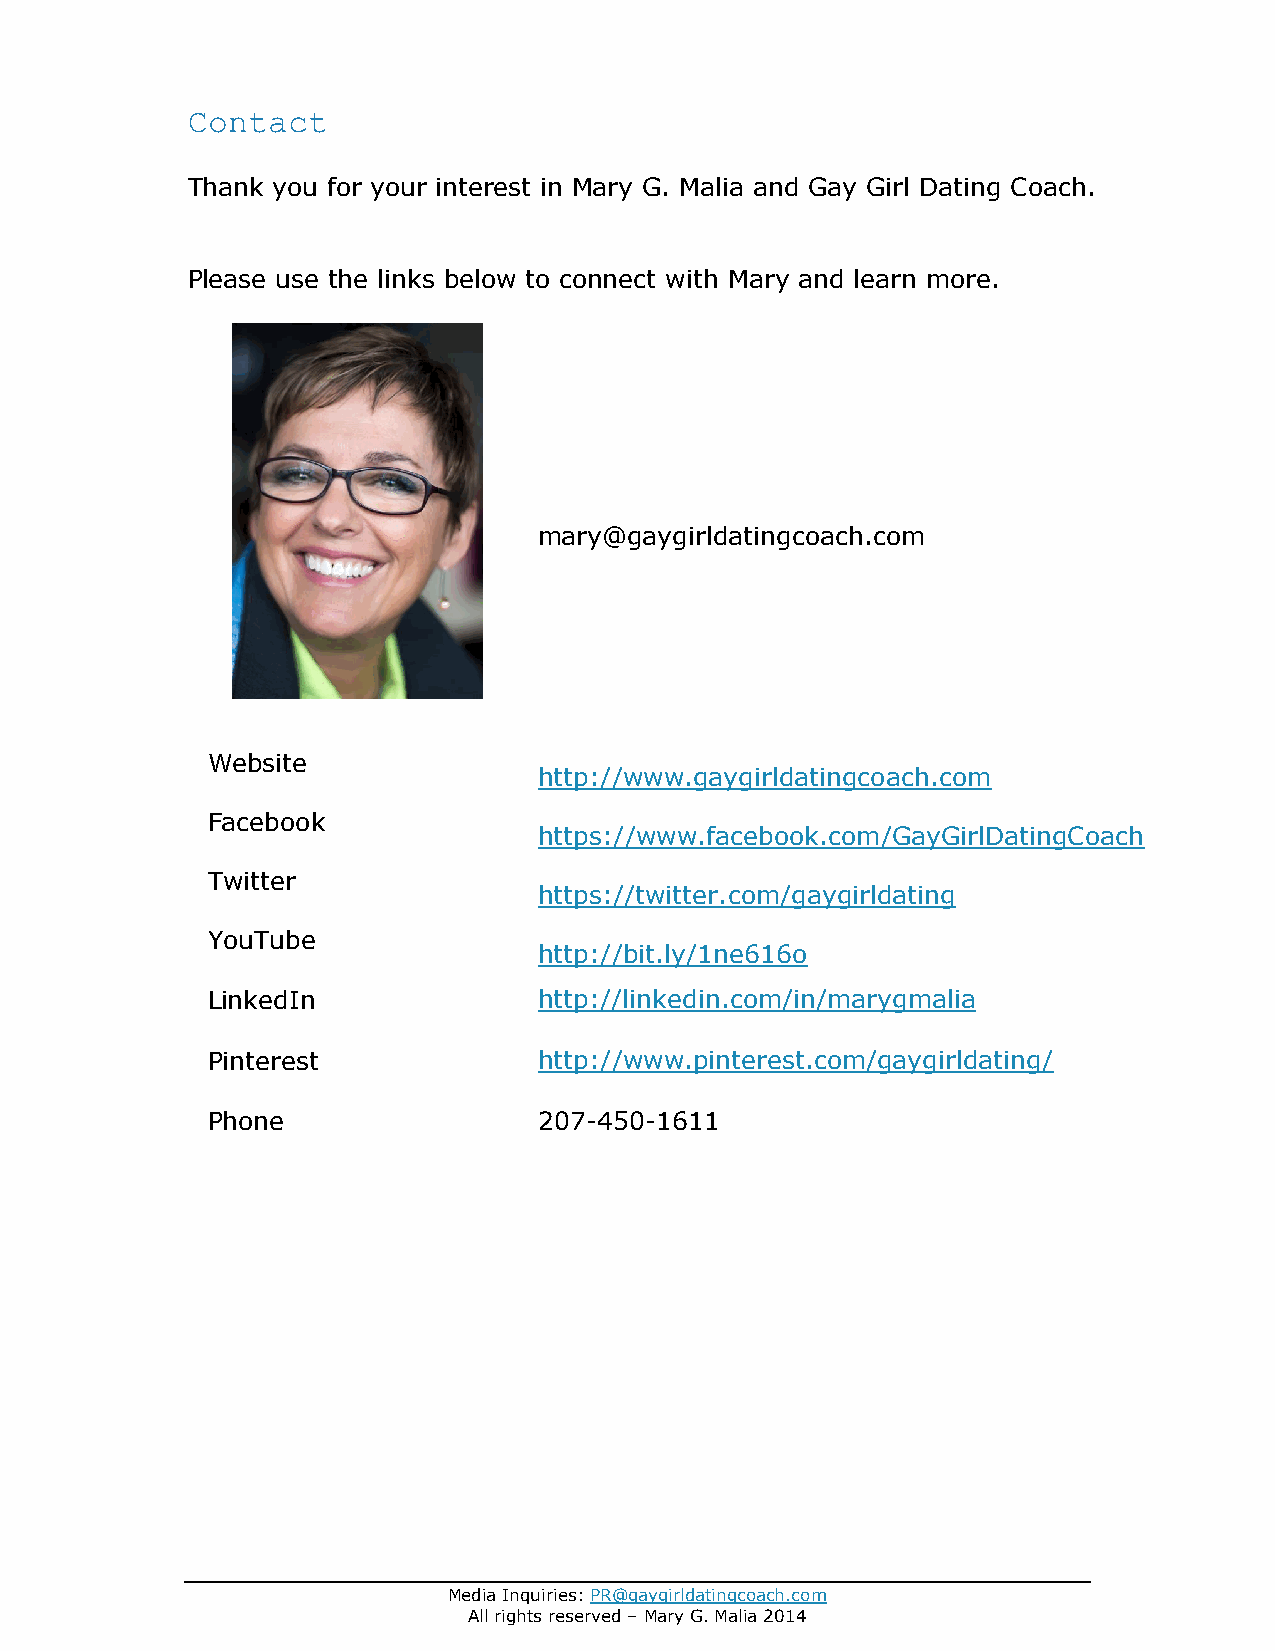
Contact
 Thank you for your interest in Mary G. Malia and Gay Girl Dating Coach.
 Please use the links below to connect with Mary and learn more.
 mary@gaygirldatingcoach.com
 Website
 http://www.gaygirldatingcoach.com
 Facebook
 https://www.facebook.com/GayGirlDatingCoach
 Twitter
 https://twitter.com/gaygirldating
 YouTube
 http://bit.ly/1ne616o
 LinkedIn              http://linkedin.com/in/marygmalia
 Pinterest             http://www.pinterest.com/gaygirldating/
 Phone                 207-450-1611
 Media Inquiries: PR@gaygirldatingcoach.com
 All rights reserved – Mary G. Malia 2014